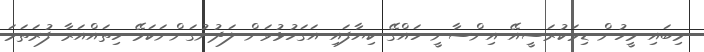
މިބައި މީހުން ޑިމަކުރަސީއޭ އިންސާނީ ހައްގޭ ކިޔާފައި އަގަހުޅުވަން ލަދުނުގަންނަކަމޭ ހިތައްއަރާ ފުރަތަމަ